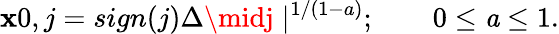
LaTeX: \mathbf{x}0,j=sign(j)\Delta\midj\mid^{1/(1-a)};\qquad0\leq{\mathit{{a}}}\leq1.